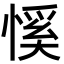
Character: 慀